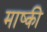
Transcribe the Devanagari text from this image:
माष्की